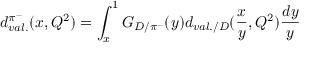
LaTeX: d _ { v a l . } ^ { \pi ^ { - } } ( x , Q ^ { 2 } ) = \int _ { x } ^ { 1 } G _ { D / \pi ^ { - } } ( y ) d _ { v a l . / D } ( \frac { x } { y } , Q ^ { 2 } ) \frac { d y } { y }